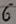
Text: 6